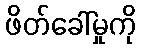
ဖိတ်ခေါ်မှုကို